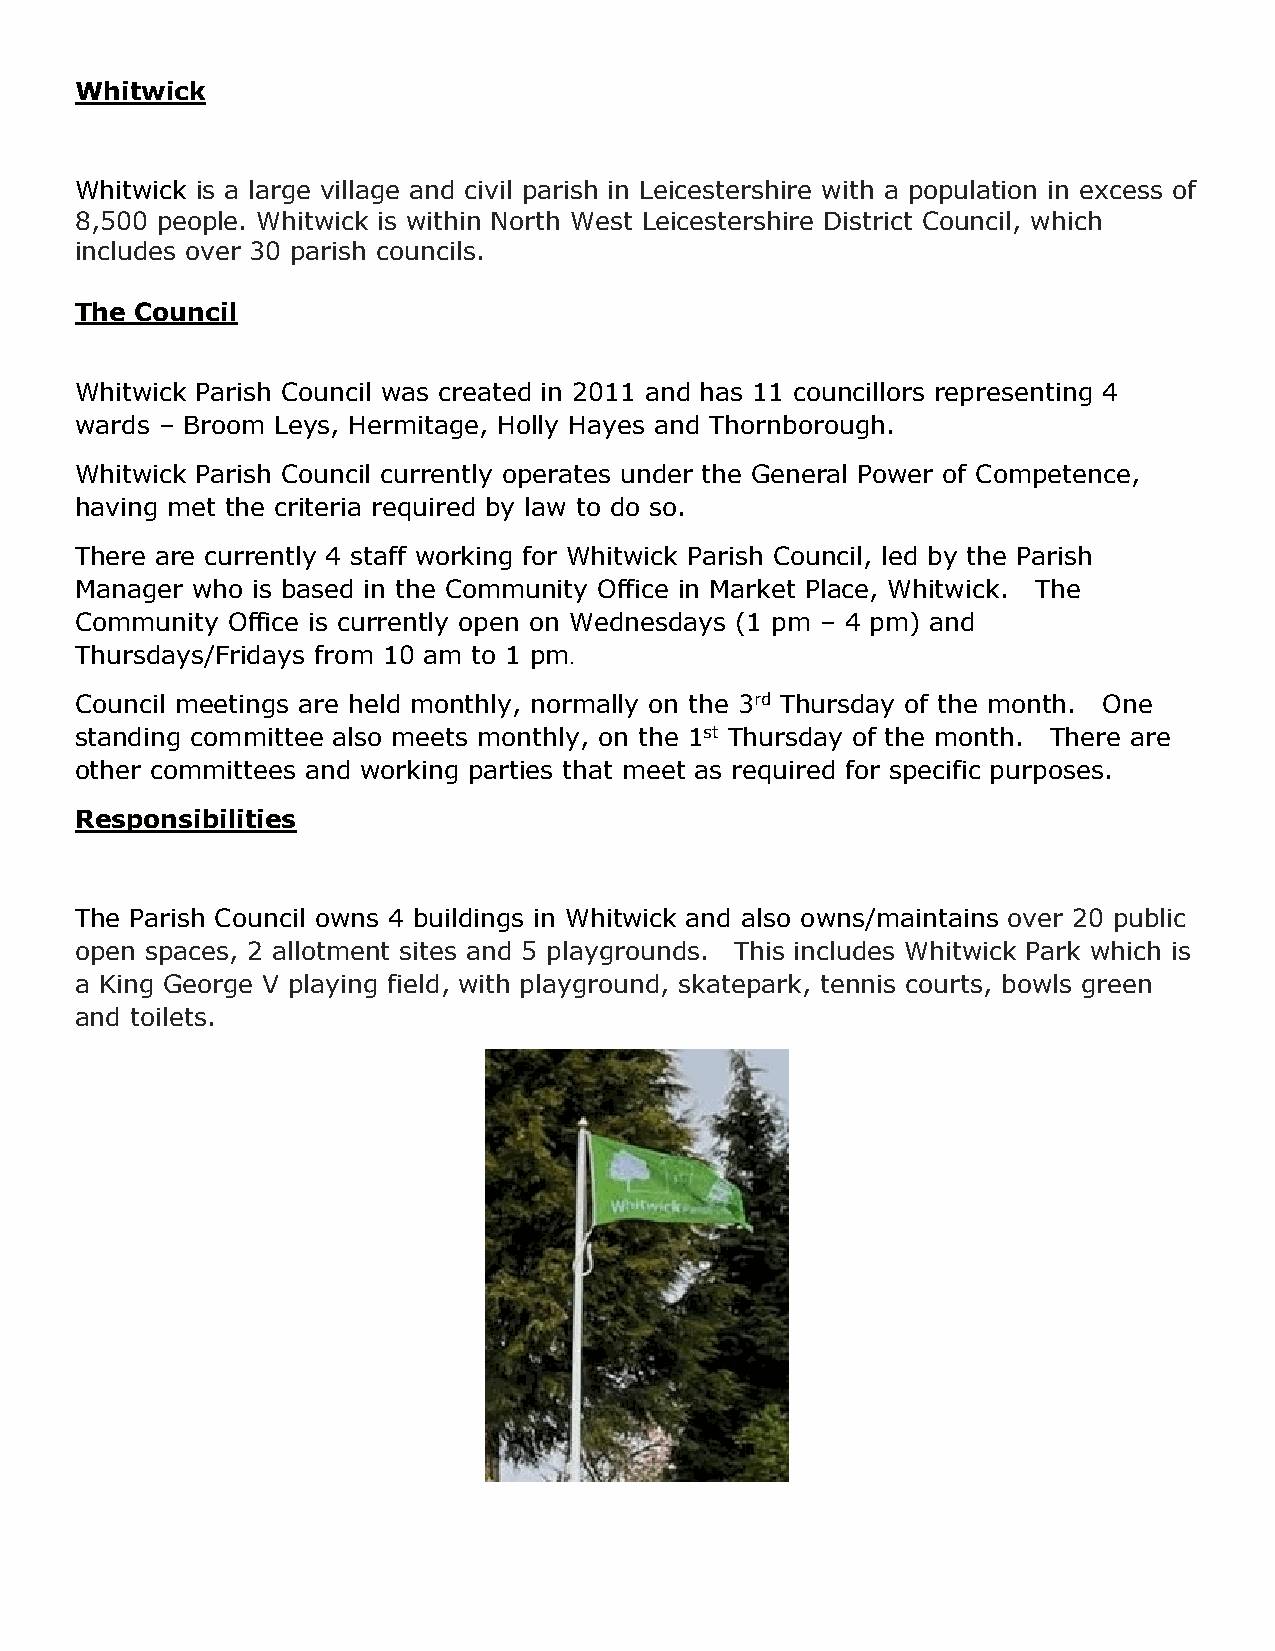
Whitwick
 Whitwick is a large village and civil parish in Leicestershire with a population in excess of
 8,500 people. Whitwick is within North West Leicestershire District Council, which
 includes over 30 parish councils.
 The Council
 Whitwick Parish Council was created in 2011 and has 11 councillors representing 4
 wards – Broom Leys, Hermitage, Holly Hayes and Thornborough.
 Whitwick Parish Council currently operates under the General Power of Competence,
 having met the criteria required by law to do so.
 There are currently 4 staff working for Whitwick Parish Council, led by the Parish
 Manager who is based in the Community Office in Market Place, Whitwick. The
 Community Office is currently open on Wednesdays (1 pm – 4 pm) and
 Thursdays/Fridays from 10 am to 1 pm.
 Council meetings are held monthly, normally on the 3rd Thursday of the month. One
 standing committee also meets monthly, on the 1st Thursday of the month. There are
 other committees and working parties that meet as required for specific purposes.
 Responsibilities
 The Parish Council owns 4 buildings in Whitwick and also owns/maintains over 20 public
 open spaces, 2 allotment sites and 5 playgrounds. This includes Whitwick Park which is
 a King George V playing field, with playground, skatepark, tennis courts, bowls green
 and toilets.